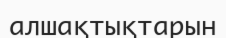
алшақтықтарын